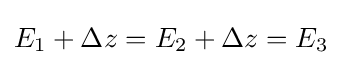
E_{1}+\Delta z=E_{2}+\Delta z=E_{3}